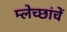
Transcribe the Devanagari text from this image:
म्लेच्छांचें